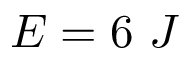
E = 6 ~ J